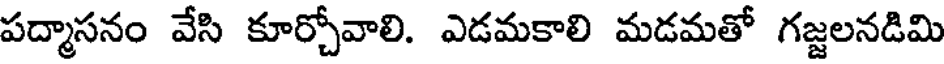
పద్మాసనం వేసి కూర్చోవాలి. ఎడమకాలి మడమతో గజ్జలనడిమి